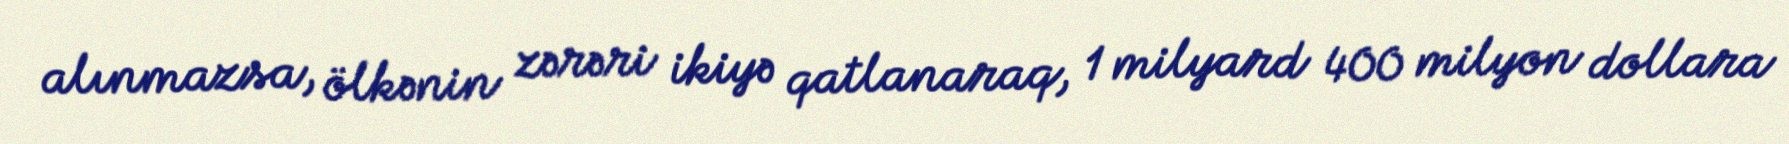
alınmazsa, ölkənin zərəri ikiyə qatlanaraq, 1 milyard 400 milyon dollara